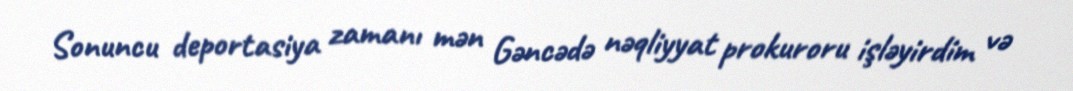
Sonuncu deportasiya zamanı mən Gəncədə nəqliyyat prokuroru işləyirdim və